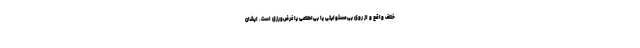
خلاف واقع و از روی بی‌مسئولیتی یا بی‌اطلاعی یا غرض‌ورزی است. ایشان